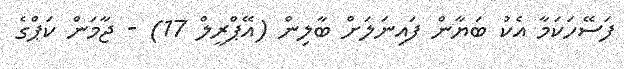
ފަސޭހަކަމާ އެކު ބަޔާން ފައިނަލަށް ބާލިން (އޭޕްރީލް 17) - ޖާމަން ކަޕްގެ